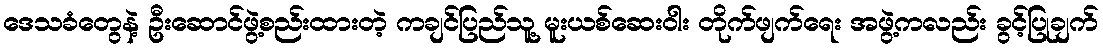
ဒေသခံတွေနဲ့ ဦးဆောင်ဖွဲ့စည်းထားတဲ့ ကချင်ပြည်သူ့ မူးယစ်ဆေးဝါး တိုက်ဖျက်ရေး အဖွဲ့ကလည်း ခွင့်ပြုချက်